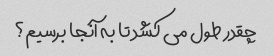
چقدر طول می کشد تا به آنجا برسیم؟